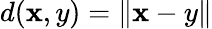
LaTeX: d(\mathbf{x},y)=\| \mathbf{x}-y\|